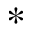
*